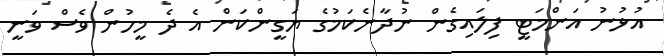
އުޅުނު އަންމަޓީ ފިލައިގެން ނުދާނެކަމުގެ ޔަގީންކަން އެ ދެ މީހުން ވެސް ވަނީ